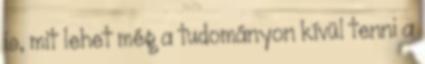
is, mit lehet még a tudományon kívül tenni a